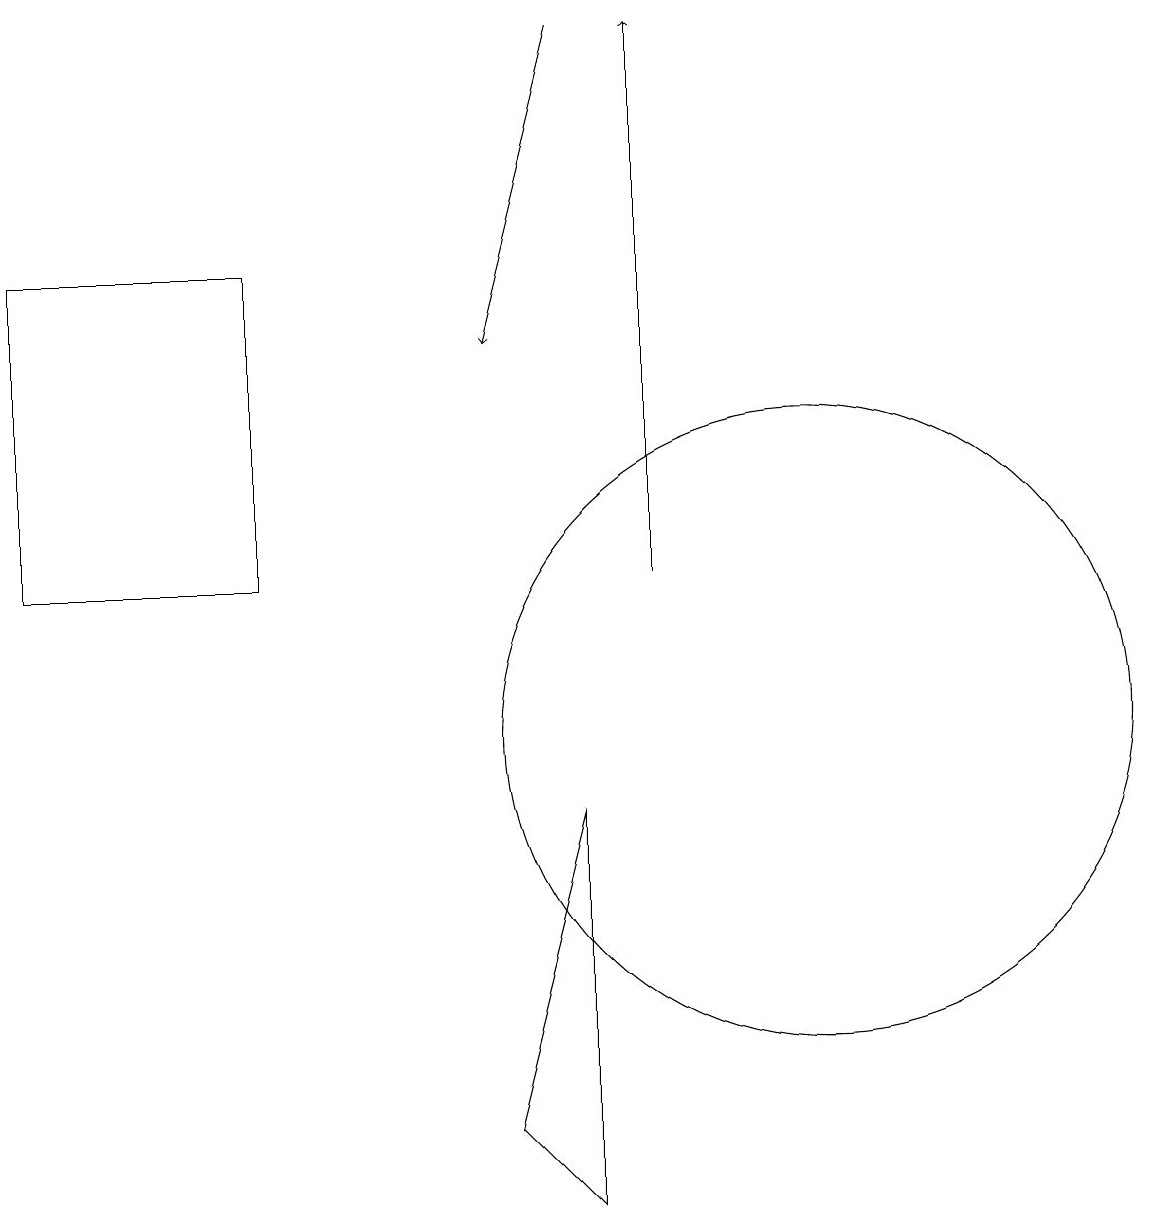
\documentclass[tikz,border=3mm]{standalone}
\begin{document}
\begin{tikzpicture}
\draw (3,16) rectangle (0,12);
\draw[->] (7,19) -- (6,15);
\draw (12,12) circle (0);
\draw[->] (8,12) -- (8,19);
\draw (10,10) circle (4);
\draw (7,4) -- (6,5) -- (7,9) -- cycle;
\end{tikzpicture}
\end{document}